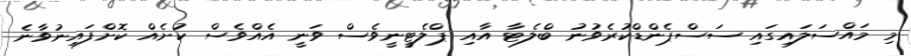
މި މައްސަލައިގައި ސަސްޕެންޑްކުރެވުނު ބްލެޓާ އާއި ޕްލެޓީނީވެސް ވަނީ އެއްވެސް ކުށެއް ކޮށްފައިނުވާނެ